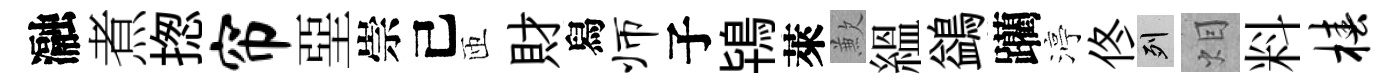
瀜煮揔帘堊崇己匝財舄师子鴇萊歉緼鷁躪渟佟列𤇆料椿